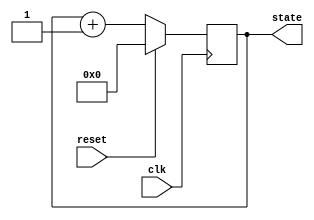
module sync_reset_example (
    input wire clk,           // Clock signal
    input wire reset,         // Reset signal
    output reg [3:0] state    // 4-bit state output
);

// Internal state declaration
// Here 'state' is declared as a 4-bit register

// Behavioral block with synchronous reset
always @(posedge clk) begin
    if (reset) begin
        // Reset condition
        state <= 4'b0000;    // Set state to a predefined reset value (e.g., 0)
    end else begin
        // State update logic
        // (Add your state transition logic here)
        state <= state + 1;   // Example: simple counter logic
    end
end

endmodule